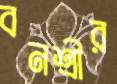
বনশ্রীর